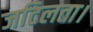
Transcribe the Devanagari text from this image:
जटिलता।